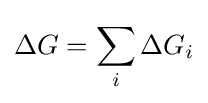
\Delta G=\sum _{i}^{}{\Delta G_{i}}